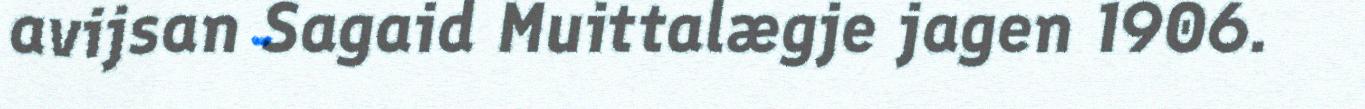
avijsan Sagaid Muittalægje jagen 1906.